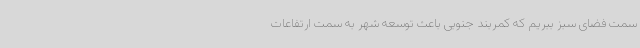
سمت فضای سبز ببریم که کمربند جنوبی باعث توسعه شهر به سمت ارتفاعات